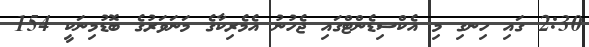
2:30 ގައި ހިނގި މި އެކްސިޑެންޓްގައި ޖެހުނު އެމެރިކާގެ މަނަވަރުގެ ބޮޑުމިނަކީ 154